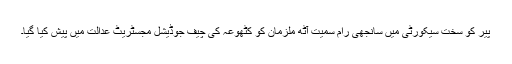
پیر کو سخت سیکورٹی میں سانجھی رام سمیت آٹھ ملزمان کو کٹھوعہ کی چیف جوڈیشل مجسٹریٹ عدالت میں پیش کیا گیا۔